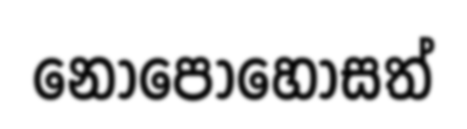
නොපොහොසත්